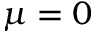
\mu = 0